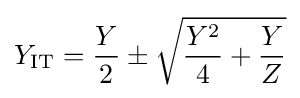
Y_{\mathrm {IT} }={Y \over 2}\pm {\sqrt {{Y^{2} \over 4}+{Y \over Z}}}